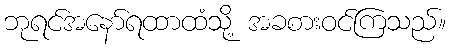
ဘုရင်အနော်ရထာထံသို့ အခစားဝင်ကြသည်။